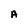
Character: A